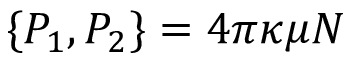
\{ P _ { 1 } , P _ { 2 } \} = 4 \pi \kappa \mu N